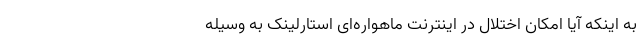
به اینکه آیا امکان اختلال در اینترنت ماهواره‌ای استارلینک به وسیله